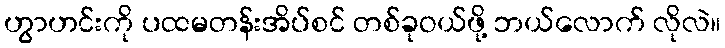
ဟွာဟင်းကို ပထမတန်းအိပ်စင် တစ်ခုဝယ်ဖို့ ဘယ်လောက် လိုလဲ။